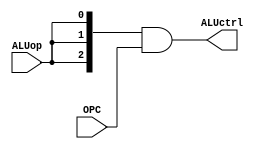
module ALUcontrol (ALUop,OPC,ALUctrl);
	input[2:0] OPC;
	input ALUop;
	output[2:0] ALUctrl;
	assign ALUctrl = {ALUop,ALUop,ALUop} & OPC;
endmodule